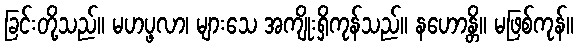
ခြင်းတို့သည်။ မဟပ္ဖလာ၊ များသေ အကျိုးရှိကုန်သည်။ နဟောန္တိ။ မဖြစ်ကုန်။